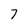
Character: 7